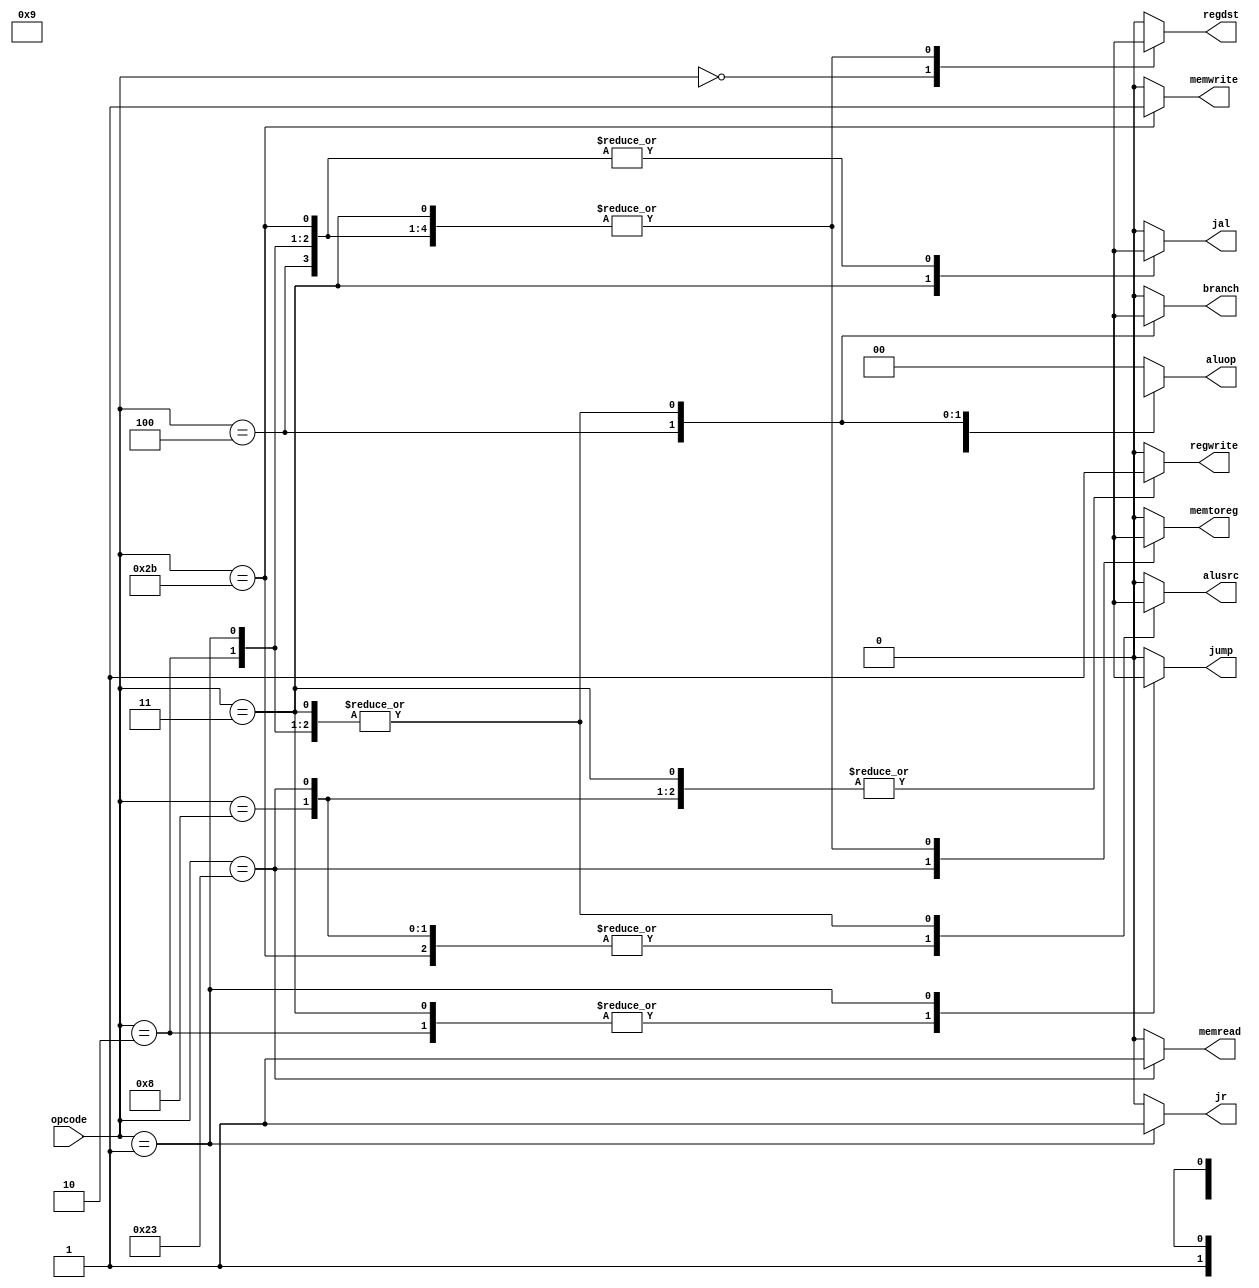
`timescale 1ns / 1ps
//////////////////////////////////////////////////////////////////////////////////
// Company: 
// 
// Design Name: 
// Module Name: control_unit
// Project Name: Single Cycle CPU
// Target Devices: 
// Tool Versions: 
// Description: 
// 
// Dependencies: 
// 
// Revision:
// Revision 0.01 - File Created
// Additional Comments:
// 
//////////////////////////////////////////////////////////////////////////////////


module control_unit(opcode, regdst, branch, memread, memtoreg, aluop, memwrite, alusrc, regwrite, jump, jr, jal);
    input [5:0] opcode;
    output reg regdst, branch, memread, memtoreg, memwrite, alusrc, regwrite, jump, jr, jal;
    output reg [1:0] aluop;
    
    always@(opcode)
    begin
        case(opcode)
            6'b000000: begin // R-format instruction
                branch = 0;
                jump = 0; jr = 0; jal = 0;
                regdst = 1; memtoreg = 0; alusrc = 0;
                memread = 0; memwrite = 0; regwrite = 1;
                aluop = 2'b10;            
            end
            6'b001000: begin // Add Immediate instruction
                branch = 0;
                jump = 0; jr = 0; jal = 0;
                regdst = 0; alusrc = 1; memtoreg = 0;
                memread = 0; memwrite = 0; regwrite = 1;
                aluop = 2'b00;            
            end
            6'b100011: begin // Load Word instruction
                branch = 0;
                jump = 0; jr = 0; jal = 0;
                regdst = 0; alusrc = 1; memtoreg = 1;
                memread = 1; memwrite = 0; regwrite = 1;
                aluop = 2'b00;            
            end
            6'b101011: begin // Store Word instruction
                branch = 0;
                jump = 0; jr = 0; jal = 1'bx;
                regdst = 1'bx; alusrc = 1; memtoreg = 1'bx;
                memread = 0; memwrite = 1; regwrite = 0;
                aluop = 2'b00;            
            end
            6'b000100: begin // Branch On Equal instruction
                branch = 1;
                jump = 0; jr = 0; jal = 1'bx;
                regdst = 1'bx; alusrc = 0; memtoreg = 1'bx;
                memread = 0; memwrite = 0; regwrite = 0;
                aluop = 2'b01;            
            end
            6'b000010: begin // Jump (J) instruction
                branch = 1'bx;
                jump = 1; jr = 0; jal = 1'bx;
                regdst = 1'bx; alusrc = 1'bx; memtoreg = 1'bx;
                memread = 0; memwrite = 0; regwrite = 0;
                aluop = 2'bxx;            
            end
            6'b000011: begin // Jump and Link (JAL) instruction
                branch = 1'bx;
                jump = 1; jr = 0; jal = 1;
                regdst = 1'bx; alusrc = 1'bx; memtoreg = 1'bx;
                memread = 0; memwrite = 0; regwrite = 1;
                aluop = 2'bxx;            
            end
            6'b000001: begin // Jump Register (JR) instruction
                branch = 1'bx;
                jump = 1'bx; jr = 1; jal = 1'bx;
                regdst = 1'bx; alusrc = 1'bx; memtoreg = 1'bx;
                memread = 0; memwrite = 0; regwrite = 0;
                aluop = 2'bxx;            
            end
            default: begin
                branch = 0;
                jump = 0; jr = 0; jal = 0;
                regdst = 0; alusrc = 0; memtoreg = 0;
                memread = 0; memwrite = 0; regwrite = 0;
                aluop = 2'b00;
            end
        endcase
    end
endmodule